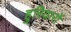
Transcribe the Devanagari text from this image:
हुरियारों